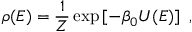
\rho ( E ) = \frac { 1 } { Z } \exp \left[ - \beta _ { 0 } U ( E ) \right] \mathrm { ~ , ~ }